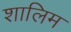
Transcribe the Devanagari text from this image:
शालिम